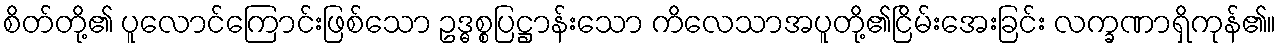
စိတ်တို့၏ ပူလောင်ကြောင်းဖြစ်သော ဥဒ္ဓစ္စပြဋ္ဌာန်းသော ကိလေသာအပူတို့၏ငြိမ်းအေးခြင်း လက္ခဏာရှိကုန်၏။